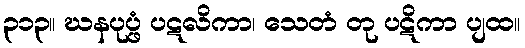
၃၁၃။ ဃနပုပ္ဖံ ပဋလိကာ၊ သေတံ တု ပဋိကာ ပျထ။